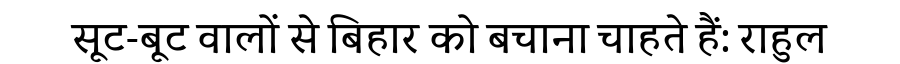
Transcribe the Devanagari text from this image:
सूट-बूट वालों से बिहार को बचाना चाहते हैं: राहुल